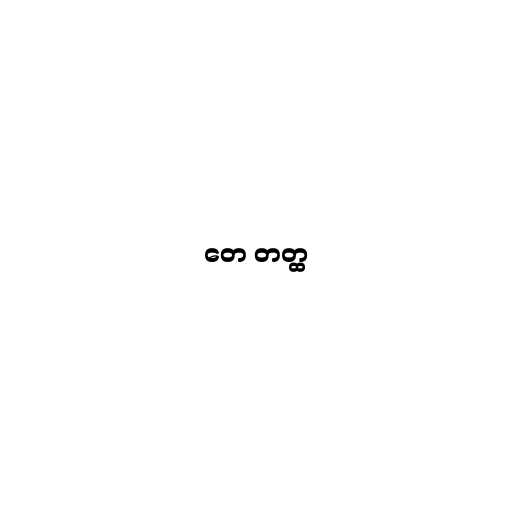
တေ တတ္ထ